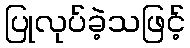
ပြုလုပ်ခဲ့သဖြင့်